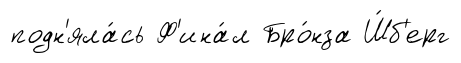
подн'яла́сь Ф'ина́л Бро́нза Ш́б'ерг